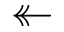
\twoheadleftarrow